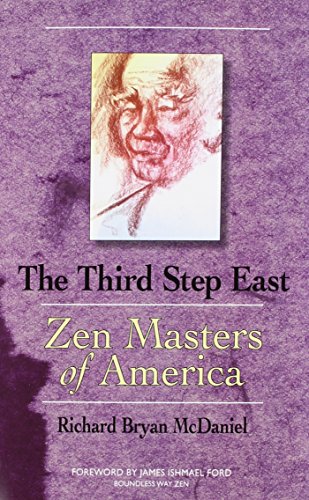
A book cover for Third Step East: Zen Masters of America; Richard Bryan McDaniel; Religion & Spirituality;